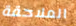
الملاحقة